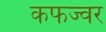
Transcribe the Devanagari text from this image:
कफज्वर